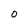
Character: 0